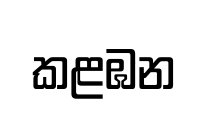
කළඹන